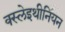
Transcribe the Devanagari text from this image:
क्स्लेइथीनियन